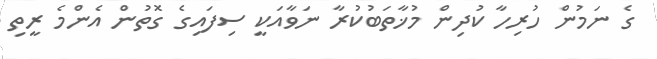
ގެ ނަމުން ހުރިހާ ކުދިން މުޚާތަބުކުރާ ނަވާއަކީ ސިފައިގެ ގޮތުން އެންމެ ރީތި